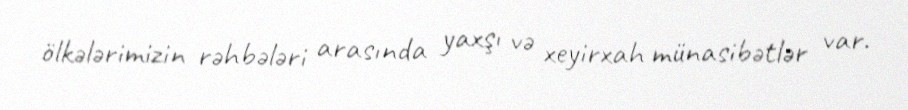
ölkələrimizin rəhbələri arasında yaxşı və xeyirxah münasibətlər var.